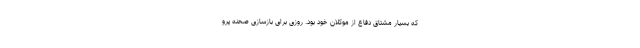
که بسیار مشتاق دفاع از موکلان خود بود. روزی برای بازسازی صحنه پرو